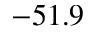
- 5 1 . 9